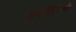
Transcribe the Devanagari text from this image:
कामगिरीसंदर्भात